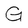
Character: G